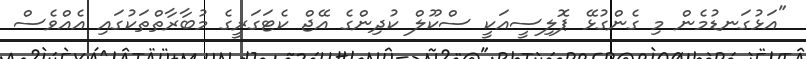
"އަޅުގަނޑުމެން މި ގެންގުޅޭ ޕޮލިސީއަކީ ސްކޫލް ކުދިންގެ އޭޖް ކެޓަގަރީގެ މުބާރާތްތަކުގައި އެއްވެސް